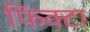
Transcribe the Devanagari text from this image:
फिक्टा